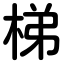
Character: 梯